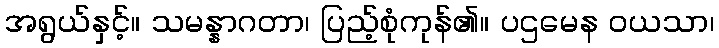
အရွယ်နှင့်။ သမန္နာဂတာ၊ ပြည့်စုံကုန်၏။ ပဌမေန ဝယသာ၊